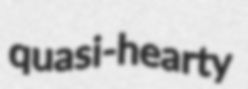
quasi-hearty